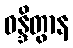
ဝန္ဒိတွာန